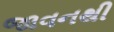
જાવનથી